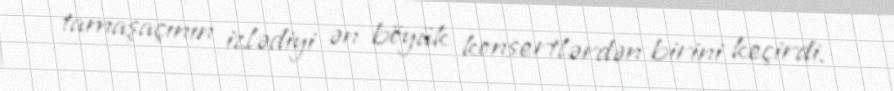
tamaşaçının izlədiyi ən böyük konsertlərdən birini keçirdi.